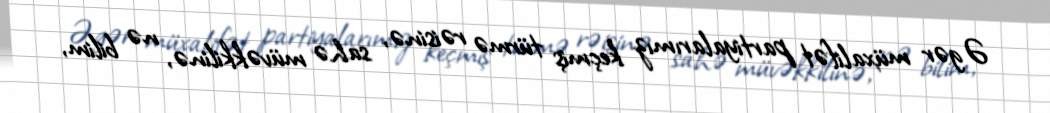
Əgər müxalifət partiyalarımız keçmiş türmə rəisinə, sahə müvəkkilinə, nə bilim,